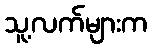
သူ့လက်များက